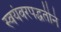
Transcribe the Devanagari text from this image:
स्वयंवरपद्धतीने